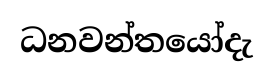
ධනවන්තයෝදැ